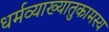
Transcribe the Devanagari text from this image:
धर्मव्याख्यातुकामस्य